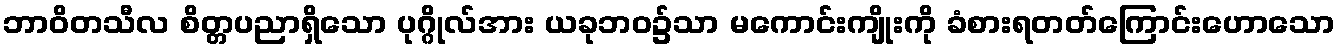
ဘာဝိတသီလ စိတ္တပညာရှိသော ပုဂ္ဂိုလ်အား ယခုဘဝ၌သာ မကောင်းကျိုးကို ခံစားရတတ်ကြောင်းဟောသော